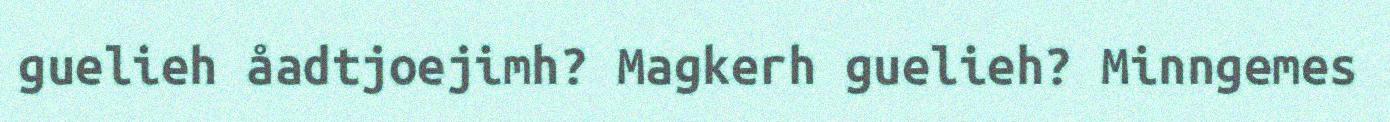
guelieh åadtjoejimh? Magkerh guelieh? Minngemes